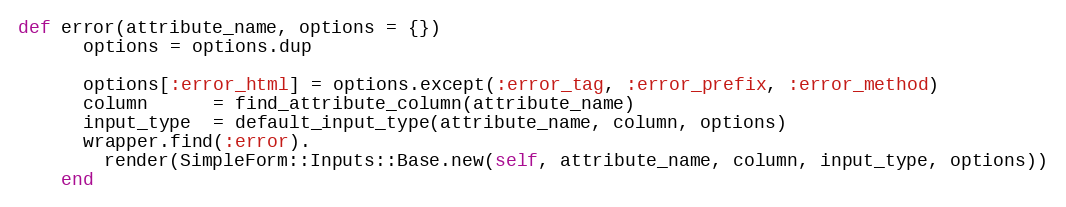
Language: Ruby
def error(attribute_name, options = {})
      options = options.dup

      options[:error_html] = options.except(:error_tag, :error_prefix, :error_method)
      column      = find_attribute_column(attribute_name)
      input_type  = default_input_type(attribute_name, column, options)
      wrapper.find(:error).
        render(SimpleForm::Inputs::Base.new(self, attribute_name, column, input_type, options))
    end